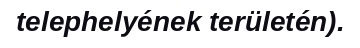
telephelyének területén).